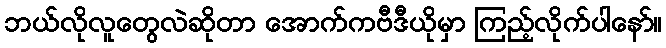
ဘယ်လိုလူတွေလဲဆိုတာ အောက်ကဗီဒီယိုမှာ ကြည့်လိုက်ပါနော်။